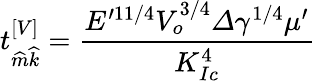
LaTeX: t_{\widehat{m}\widehat{k}}^{\left[V\right]}=\frac{E^{\prime 11/4}V_{o}^{3/4}\varDelta\gamma^{1/4}\mu^{\prime}}{K_{Ic}^{4}}